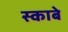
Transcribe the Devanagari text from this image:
स्काबे